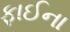
ફાઈના